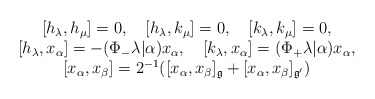
\begin{align*}\begin{array}{c}\ [h_\lambda, h_\mu]=0, \ \ \ [h_\lambda,k_\mu]=0, \ \ \ [k_\lambda,k_\mu]=0,\\\ [h_\lambda, x_\alpha]=-(\Phi_-\lambda|\alpha)x_\alpha,\ \ \ [k_\lambda,x_\alpha]=(\Phi_+\lambda|\alpha)x_\alpha,\\\ [x_\alpha,x_\beta]=2^{-1}([x_\alpha,x_\beta]_{\frak g}+[x_\alpha,x_\beta]_{\frak g'})\end{array}\end{align*}